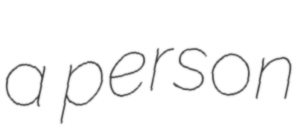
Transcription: a person